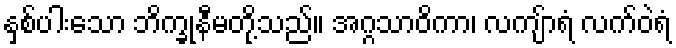
နှစ်ပါးသော ဘိက္ခုနီမတို့သည်။ အဂ္ဂသာဝိကာ၊ လကျ်ာရံ လက်ဝဲရံ